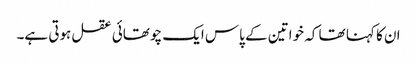
ان کا کہنا تھا کہ خواتین کے پاس ایک چوتھائی عقل ہوتی ہے۔